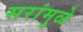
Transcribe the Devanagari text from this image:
सरांमुळे